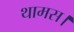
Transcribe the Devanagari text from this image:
थामस।